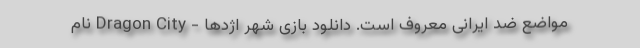
مواضع ضد ایرانی معروف است. دانلود بازی شهر اژدها - Dragon City نام